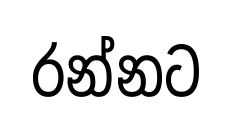
රන්නට